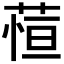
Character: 𬝖